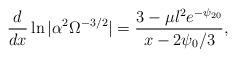
LaTeX: \begin{align*}\frac{d}{dx} \ln | \alpha^2 \Omega^{-3/2} | = \frac{3-\mu l^2 e^{-\psi_{20}}}{x-2 \psi_0 /3} ,\end{align*}